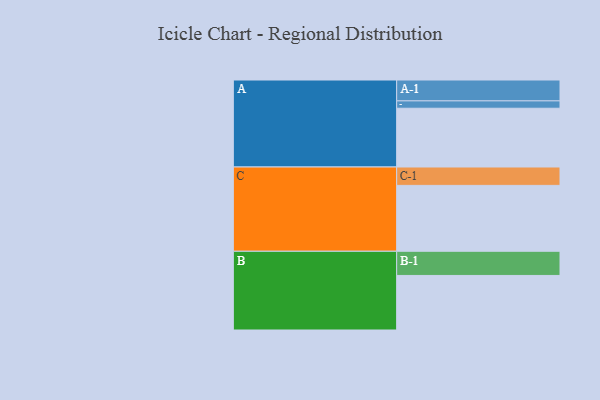
{"axis": {"x": "Segment", "y": "Value"}, "legend": ["", "A", "B", "C"], "data": [{"x": "A", "y": 518, "type": ""}, {"x": "B", "y": 481, "type": ""}, {"x": "C", "y": 581, "type": ""}, {"x": "A-1", "y": 184, "type": "A"}, {"x": "A-2", "y": 65, "type": "A"}, {"x": "B-1", "y": 213, "type": "B"}, {"x": "C-1", "y": 162, "type": "C"}]}